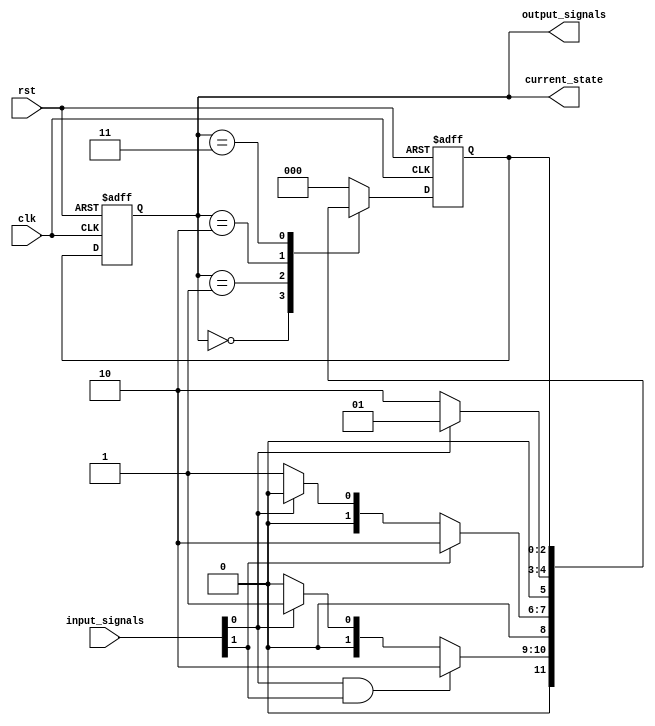
module state_machine(
    input wire clk,
    input wire rst,
    input wire [1:0] input_signals,
    output reg [2:0] current_state,
    output wire [2:0] output_signals
);

// State encoding
parameter STATE_A = 3'b000;
parameter STATE_B = 3'b001;
parameter STATE_C = 3'b010;
parameter STATE_D = 3'b011;

// State register
reg [2:0] next_state;

// Next state logic using priority encoding
always @ (posedge clk or posedge rst) begin
    if (rst) begin
        next_state <= STATE_A;
    end else begin
        case (current_state)
            STATE_A: begin
                if (input_signals[0] && input_signals[1]) begin
                    next_state <= STATE_C; // Priority encoding for certain transitions
                end else if (input_signals[0]) begin
                    next_state <= STATE_B;
                end else begin
                    next_state <= STATE_A;
                end
            end
            STATE_B: begin
                if (input_signals[1]) begin
                    next_state <= STATE_C;
                end else if (input_signals[0]) begin
                    next_state <= STATE_A;
                end else begin
                    next_state <= STATE_B;
                end
            end
            STATE_C: begin
                if (input_signals[0]) begin
                    next_state <= STATE_B;
                end else begin
                    next_state <= STATE_C;
                end
            end
            STATE_D: begin
                // Add more state transitions as needed
            end
            default: begin
                next_state <= STATE_A; // Default transition behavior
            end
        endcase
    end
end

// Update current state on clock edge
always @ (posedge clk or posedge rst) begin
    if (rst) begin
        current_state <= STATE_A;
    end else begin
        current_state <= next_state;
    end
end

// Output logic based on current state
assign output_signals = current_state;

endmodule